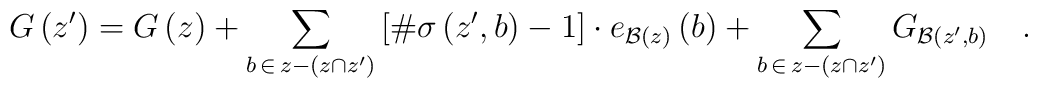
G\left( z^{\prime }\right) =G\left( z\right)+\sum\limits_{b\,\in \,z-\left( z\cap z^{\prime }\right) }\left[ \#\sigma\left( z^{\prime },b\right) -1\right] \cdot e_{{\cal B}\left( z\right)}\left( b\right) +\sum\limits_{b\,\in \,z-\left( z\cap z^{\prime }\right)}G_{{\cal B}\left( z^{\prime },b\right) }\quad .